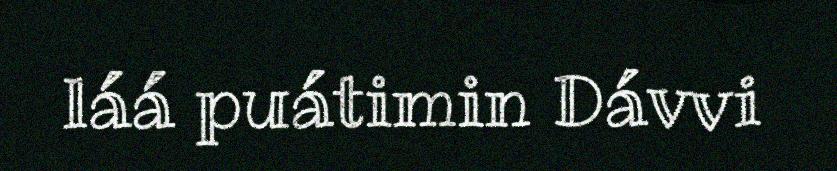
láá puátimin Dávvi